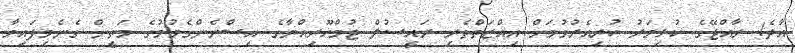
އާދެ! ރާއްޖޭގެ ކުޅިވަރު ކުރިއެރުވުމަށް އިއްޒަތްތެރި ރައީސުލް ޖުމްހޫރިއްޔާގެ އިސްނެންގެވުމުގެ މަތީން ގެނެވިފައިވާ